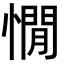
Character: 憪